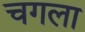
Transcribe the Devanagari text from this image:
चगला